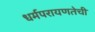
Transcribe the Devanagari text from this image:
धर्मपरायणतेची